Source: Handwritten
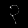
Digit: ၃ (3)